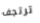
ترتجف